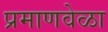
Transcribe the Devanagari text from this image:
प्रमाणवेळा